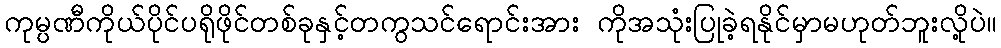
ကုမ္ပဏီကိုယ်ပိုင်ပရိုဖိုင်တစ်ခုနှင့်တကွသင်ရောင်းအား ကိုအသုံးပြုခဲ့ရနိုင်မှာမဟုတ်ဘူးလို့ပဲ။